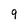
Character: 9